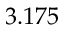
3 . 1 7 5